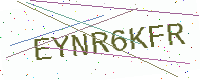
Text: EYNR6KFR